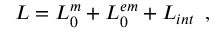
{ \cal L } = { \cal L } _ { 0 } ^ { m } + { \cal L } _ { 0 } ^ { e m } + { \cal L } _ { i n t } \, \, \, ,